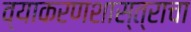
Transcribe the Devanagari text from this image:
व्याकरणशास्त्राचा